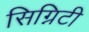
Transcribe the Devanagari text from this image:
सिग्निटी